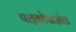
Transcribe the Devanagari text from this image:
फ्लुकोनाज़ोल